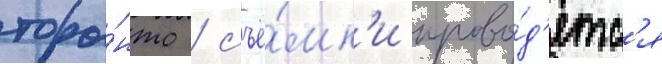
торо́нто / съё́мк'и прово́д'ятс'я